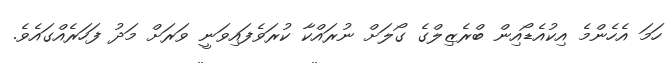
ހަމަ އެހެންމެ އިކުއެޑޯއިން ބްރެޒިލްގެ ގޯލަށް ނުރައްކާ ކުރަވެފައިވަނީ ވަރަށް މަދު ފަހަރެއްގައެވެ.